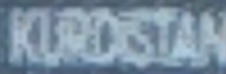
KURDISTAN